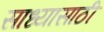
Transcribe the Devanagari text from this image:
साध्यासाठी